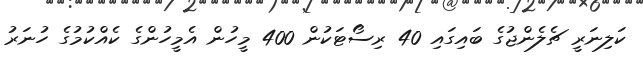
ކަލިނަރީ ޗެލެންޖުގެ ބައިގައި 40 ރިސޯޓަކުން 400 މީހުން އެމީހުންގެ ކެއްކުމުގެ ހުނަރު